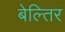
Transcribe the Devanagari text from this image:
बेल्तिर